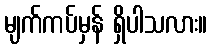
မျက်ကပ်မှန် ရှိပါသလား။